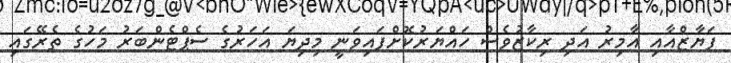
ފަޔާޒްއާއި އާމިރު އަދި ރިކާޒުވެސް ހައްޔަރުކޮށްފައިވަނީ މިދިޔަ އަހަރުގެ ސެޕްޓެންބަރު މަހުގެ ތެރޭގައި